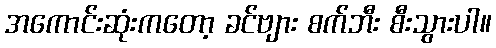
အကောင်းဆုံးကတော့ ခင်ဗျား စက်ဘီး စီးသွားပါ။